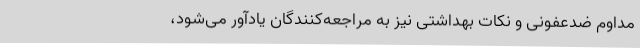
مداوم ضدعفونی و نکات بهداشتی نیز به مراجعه‌کنندگان یادآور می‌شود،